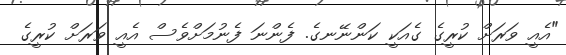
"އެއީ ވަރަށް ކުރީގެ ގެއަކީ ކަންނޭނގެ. ފެންނަ ފެނުމަށްވެސް އެއީ ވަރަށް ކުރީގެ